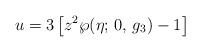
LaTeX: \begin{align*}u=3\left[z^2\wp(\eta;\,0,\,g_3)-1\right]\end{align*}